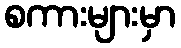
စကားများမှာ